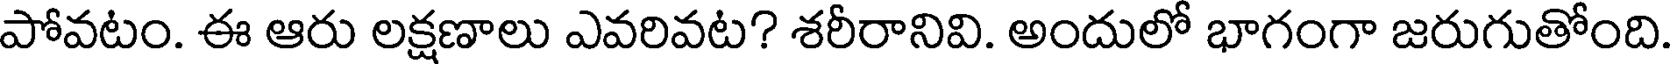
పోవటం. ఈ ఆరు లక్షణాలు ఎవరివట? శరీరానివి. అందులో భాగంగా జరుగుతోంది